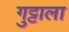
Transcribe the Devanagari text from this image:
गुट्टाला